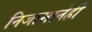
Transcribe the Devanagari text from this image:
निजामानेही